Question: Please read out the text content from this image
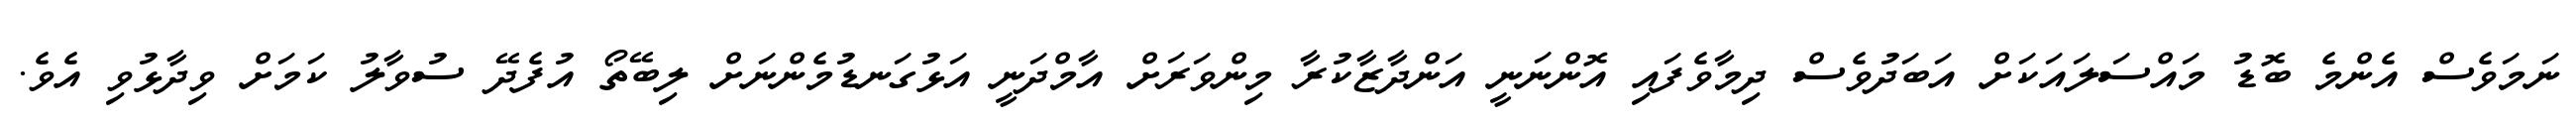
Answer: ނަމަވެސް އެންމެ ބޮޑު މައްސަލައަކަށް އަބަދުވެސް ދިމާވެފައި އޮންނަނީ އަންދާޒާކުރާ މިންވަރަށް އާމްދަނީ އަޅުގަނޑުމެންނަށް ލިބޭތޯ އުފެދޭ ސުވާލު ކަމަށް ވިދާޅުވި އެވެ.